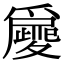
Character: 𡖀